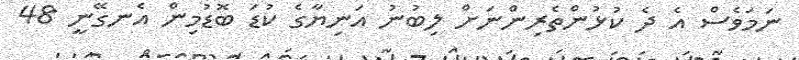
ނަމަވެސް އެ ދެ ކުޅުންތެރިންނަށް ލިބުނު އަނިޔާގެ ކުޑަ ބޮޑުމިން އެނގޭނީ 48